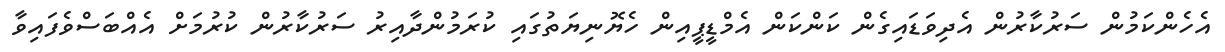
އެހެންކަމުން ސަރުކާރުން އެދިވަޑައިގެން ކަންކަން އެމްޑީޕީއިން ހެޔޮނިޔަތުގައި ކުރަމުންދާއިރު ސަރުކާރުން ކުރުމަށް އެއްބަސްވެފައިވާ